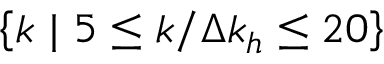
\left\{ \boldsymbol { k } ~ | ~ 5 \leq k / \Delta k _ { h } \leq 2 0 \right\}